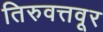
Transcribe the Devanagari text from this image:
तिरुवत्तवूर